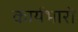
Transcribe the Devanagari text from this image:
कार्यभारों